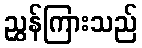
ညွှန်ကြားသည်